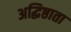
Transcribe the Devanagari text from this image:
अद्धिष्ठाता